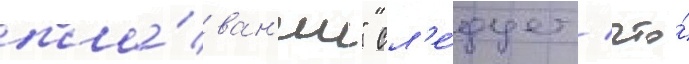
пла́ван'ии" сл'е́дует / что́